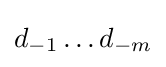
d_{-1}\ldots d_{-m}